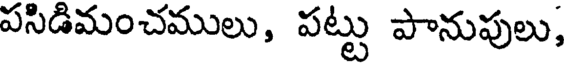
పసిడిమంచములు, పట్టు పానుపులు,